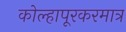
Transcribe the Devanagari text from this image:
कोल्हापूरकरमात्र